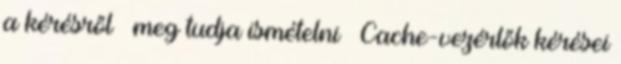
a kérésről – meg tudja ismételni ● Cache-vezérlők kérései